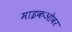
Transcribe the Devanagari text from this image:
माइकओवर